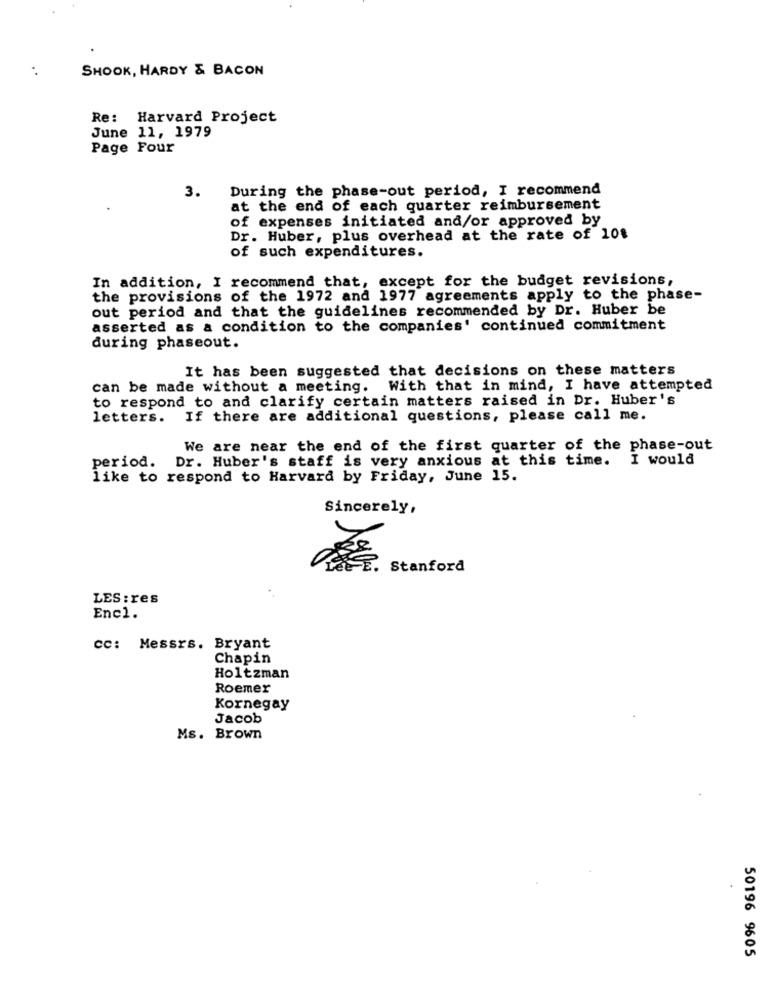
. .
SHOOK, HARDY & BACON
Re: Harvard Project
June 11, 1979
Page Four
3.
During the phase-out period, I recommend
at the end of each quarter reimbursement
of expenses initiated and/or approved by
Dr. Huber, plus overhead at the rate of 10$
of such expenditures.
In addition, I recommend that, except for the budget revisions,
the provisions of the 1972 and 1977 agreements apply to the phase-
out period and that the guidelines recommended by Dr. Huber be
asserted as a condition to the companies' continued commitment
during phaseout.
It has been suggested that decisions on these matters
can be made without a meeting. With that in mind, I have attempted
to respond to and clarify certain matters raised in Dr. Huber's
letters.
If there are additional questions, please call me.
We are near the end of the first quarter of the phase-out
period. Dr. Huber's staff is very anxious at this time.
I would
like to respond to Harvard by Friday, June 15.
Sincerely,
Stanford
LES :res
Encl.
cc: Messrs. Bryant
Chapin
Holtzman
Roemer
Kornegay
Jacob
Ms. Brown
50196 9605